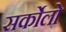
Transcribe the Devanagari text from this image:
सर्कोलो